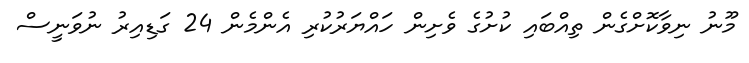
މޫނު ނިވާކޮށްގެން ތިއްބައި ކުށުގެ ވެށިން ހައްޔަރުކުރި އެންމެން 24 ގަޑިއިރު ނުވަނީސް